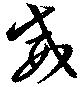
威